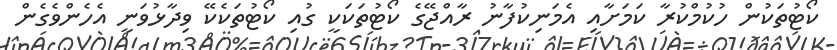
ކޯޓުތަކުން ހުކުމްކުރާ ކަމަށާއި އެމަނިކުފާނު ރާއްޖޭގެ ކޯޓުތަކަކީ ގުއި ކޯޓުތަކެކޭ ވިދާޅުވަނީ އެހެންވެގެން